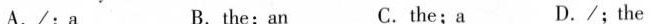
A./;a B.the;an C.the;a D./;the